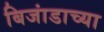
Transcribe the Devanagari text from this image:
बिजांडाच्या